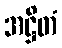
အဋ္ဌိတံ